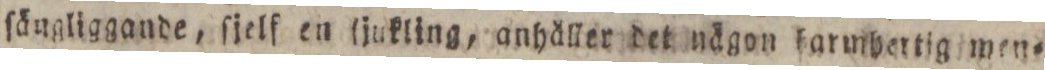
ſängliggande, ſjelf en ljukling, anhåller det nägon farmbertig men=